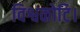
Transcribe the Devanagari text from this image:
विश्वकोटि।